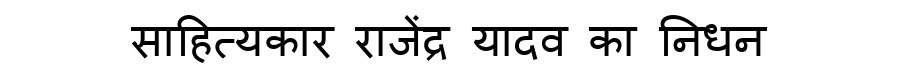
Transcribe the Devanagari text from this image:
साहित्यकार राजेंद्र यादव का निधन